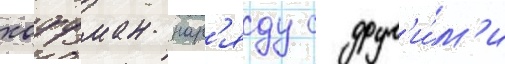
хоффман нар'яду с друг'и́м'и